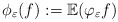
\begin{align*}\phi_\varepsilon(f):= \mathbb{E}(\varphi _{\varepsilon }f)\end{align*}